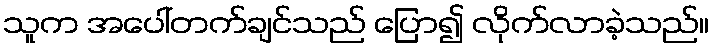
သူက အပေါ်တက်ချင်သည် ပြော၍ လိုက်လာခဲ့သည်။